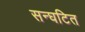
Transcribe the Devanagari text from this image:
सन्घटित